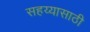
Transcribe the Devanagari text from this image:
सहय्यासाठी